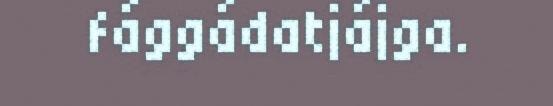
fággádatjájga.